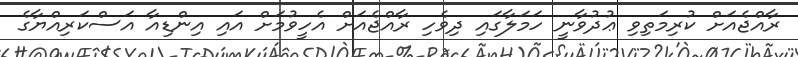
ރާއްޖެއަށް ކުރިމަތިވި ޢުދުވާނީ ހަމަލާގައި ދިވެހި ރާއްޖެއަށް އެހީވުމަށް އައި އިންޑިއާ އަސްކަރިއްޔާގެ